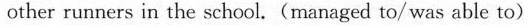
other runners in the school.(managed to/ was able to)